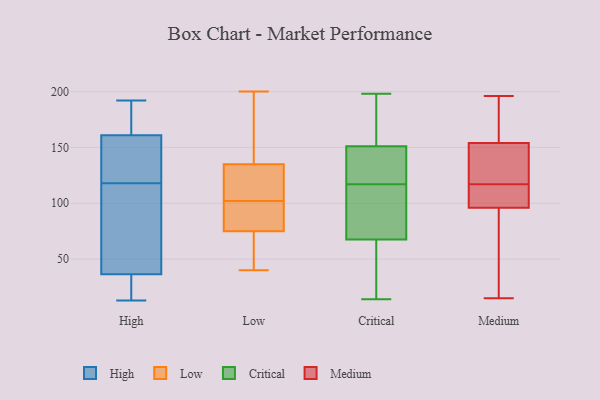
{"axis": {"x": "Website Visitors", "y": "Value"}, "legend": ["Critical", "High", "Low", "Medium"], "data": [{"x": "", "y": 192, "type": "High"}, {"x": "", "y": 13, "type": "High"}, {"x": "", "y": 118, "type": "High"}, {"x": "", "y": 19, "type": "High"}, {"x": "", "y": 163, "type": "High"}, {"x": "", "y": 23, "type": "High"}, {"x": "", "y": 155, "type": "High"}, {"x": "", "y": 77, "type": "High"}, {"x": "", "y": 142, "type": "High"}, {"x": "", "y": 115, "type": "High"}, {"x": "", "y": 192, "type": "High"}, {"x": "", "y": 144, "type": "High"}, {"x": "", "y": 183, "type": "High"}, {"x": "", "y": 80, "type": "High"}, {"x": "", "y": 23, "type": "High"}, {"x": "", "y": 40, "type": "Low"}, {"x": "", "y": 69, "type": "Low"}, {"x": "", "y": 100, "type": "Low"}, {"x": "", "y": 100, "type": "Low"}, {"x": "", "y": 91, "type": "Low"}, {"x": "", "y": 107, "type": "Low"}, {"x": "", "y": 104, "type": "Low"}, {"x": "", "y": 49, "type": "Low"}, {"x": "", "y": 168, "type": "Low"}, {"x": "", "y": 170, "type": "Low"}, {"x": "", "y": 126, "type": "Low"}, {"x": "", "y": 144, "type": "Low"}, {"x": "", "y": 106, "type": "Low"}, {"x": "", "y": 81, "type": "Low"}, {"x": "", "y": 200, "type": "Low"}, {"x": "", "y": 61, "type": "Low"}, {"x": "", "y": 169, "type": "Critical"}, {"x": "", "y": 146, "type": "Critical"}, {"x": "", "y": 114, "type": "Critical"}, {"x": "", "y": 33, "type": "Critical"}, {"x": "", "y": 23, "type": "Critical"}, {"x": "", "y": 153, "type": "Critical"}, {"x": "", "y": 138, "type": "Critical"}, {"x": "", "y": 39, "type": "Critical"}, {"x": "", "y": 91, "type": "Critical"}, {"x": "", "y": 77, "type": "Critical"}, {"x": "", "y": 176, "type": "Critical"}, {"x": "", "y": 82, "type": "Critical"}, {"x": "", "y": 145, "type": "Critical"}, {"x": "", "y": 149, "type": "Critical"}, {"x": "", "y": 66, "type": "Critical"}, {"x": "", "y": 187, "type": "Critical"}, {"x": "", "y": 14, "type": "Critical"}, {"x": "", "y": 69, "type": "Critical"}, {"x": "", "y": 198, "type": "Critical"}, {"x": "", "y": 120, "type": "Critical"}, {"x": "", "y": 104, "type": "Medium"}, {"x": "", "y": 50, "type": "Medium"}, {"x": "", "y": 55, "type": "Medium"}, {"x": "", "y": 15, "type": "Medium"}, {"x": "", "y": 115, "type": "Medium"}, {"x": "", "y": 94, "type": "Medium"}, {"x": "", "y": 181, "type": "Medium"}, {"x": "", "y": 57, "type": "Medium"}, {"x": "", "y": 154, "type": "Medium"}, {"x": "", "y": 194, "type": "Medium"}, {"x": "", "y": 135, "type": "Medium"}, {"x": "", "y": 102, "type": "Medium"}, {"x": "", "y": 104, "type": "Medium"}, {"x": "", "y": 194, "type": "Medium"}, {"x": "", "y": 121, "type": "Medium"}, {"x": "", "y": 139, "type": "Medium"}, {"x": "", "y": 117, "type": "Medium"}, {"x": "", "y": 154, "type": "Medium"}, {"x": "", "y": 196, "type": "Medium"}]}